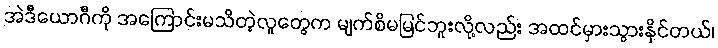
အဲဒီယောဂီကို အကြောင်းမသိတဲ့လူတွေက မျက်စိမမြင်ဘူးလို့လည်း အထင်မှားသွားနိုင်တယ်၊